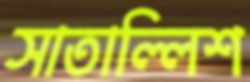
সাতাল্লিশ